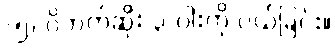
(၅) ဝိဘက်ဆိုး ၃-ပါးကို ပယ်ခြင်း။